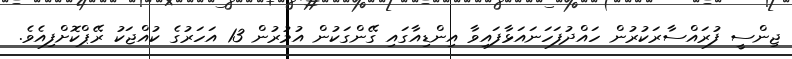
ޖިންސީ ފުރައްސާރަކުރުން ހައްދުފަހަނައަޅާފައިވާ އިންޑިއާގައި ގޭންގަކުން އުމުރުން 13 އަހަރުގެ ކުއްޖަކު ރޭޕްކޮށްފިއެވެ.